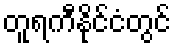
တူရကီနိုင်ငံတွင်